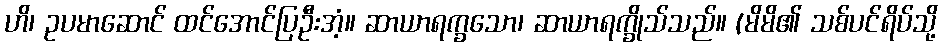
ဟိ၊ ဥပမာဆောင် ထင်အောင်ပြဦးအံ့။ ဆာယာရက္ခသော၊ ဆာယာရက္ခိုသ်သည်။ (မိမိ၏ သစ်ပင်ရိပ်သို့